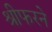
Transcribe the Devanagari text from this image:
श्रीफरने